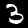
Label: 3